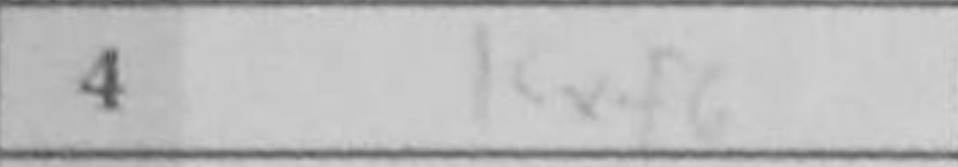
Transcription: Kxf6